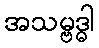
အသမ္ဗဒ္ဓါ